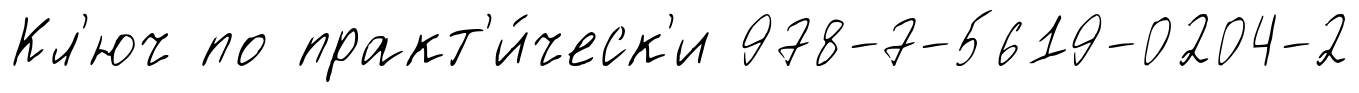
Кл'юч по практ'и́ческ'и 978-7-5619-0204-2